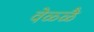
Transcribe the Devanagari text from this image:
वेळ्ळै